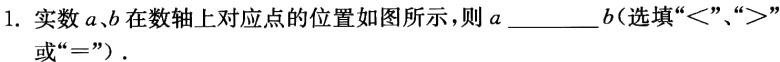
1. 实数\(a,b\)在数轴上对应点的位置如图所示，则\(a\)______\(b\)(选填“\(<\)”、“\(>\)”或“\(=\)” ).